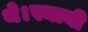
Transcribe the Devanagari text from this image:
थे।स्थायी